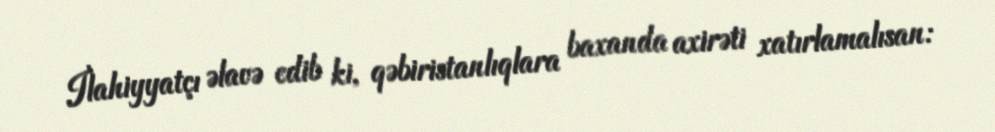
İlahiyyatçı əlavə edib ki, qəbiristanlıqlara baxanda axirəti xatırlamalısan: